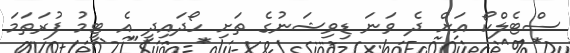
ސްޓެލްކޯ އަށް ދެ ވަނަ ޑިވިޝަނުގެ ތަށި ހޯދައިދީ އެ ޓީމު ފުރަތަމަ